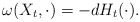
\begin{align*} \omega (X _{t}, \cdot)=-dH _{t} (\cdot).\end{align*}